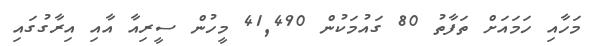
މަހާއި ހަމައަށް ތަފާތު 80 ގައުމަކުން 41